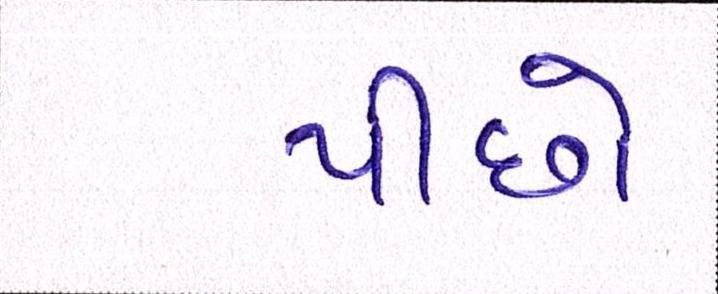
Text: પીછો